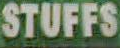
STUFFS